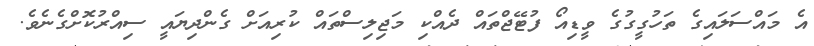
އެ މައްސަލައިގެ ތަހުގީގުގެ ވީޑިއޯ ފުޓޭޖްތައް ދެއްކި މަޖިލިސްތައް ކުރިއަށް ގެންދިޔައީ ސިއްރުކޮށްގެނެވެ.